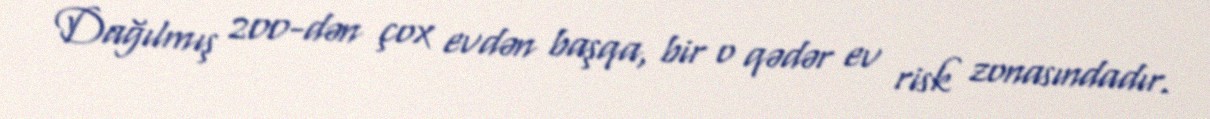
Dağılmış 200-dən çox evdən başqa, bir o qədər ev risk zonasındadır.